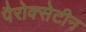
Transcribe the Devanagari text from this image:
पैरोक्सेटीन